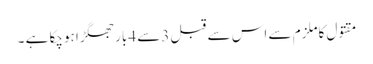
مقتول کاملزم سے اس سے قبل 3سے 4بار جھگڑا ہوچکا ہے ۔